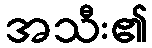
အသီး၏